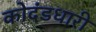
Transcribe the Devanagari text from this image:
कोदंडधारी